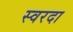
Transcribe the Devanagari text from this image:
स्वरदा